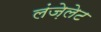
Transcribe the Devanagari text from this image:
लंज़ेलेट